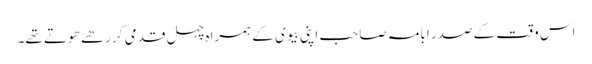
اس وقت کے صدر ابامہ صاحب اپنی بیوی کے ہمراہ چہل قدمی کر رھے ھوتے تھے۔